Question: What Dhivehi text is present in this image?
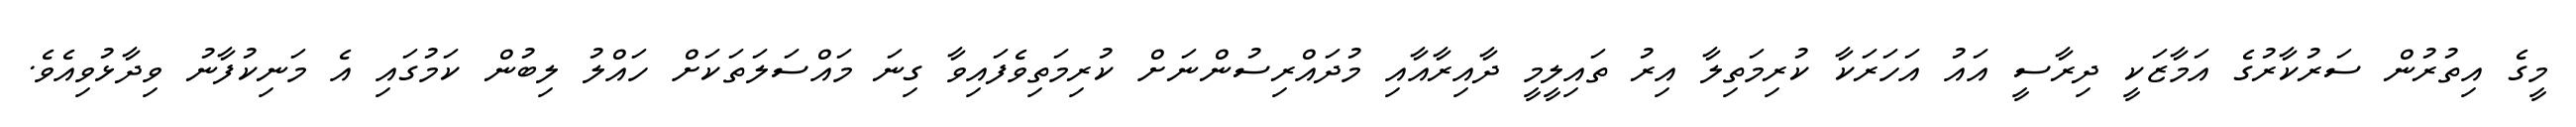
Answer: މީގެ އިތުރުން ސަރުކާރުގެ އަމާޒަކީ ދިރާސީ އައު އަހަރަކާ ކުރިމަތިލާ އިރު ތައިލީމީ ދާއިރާއާއި މުދައްރިސުންނަށް ކުރިމަތިވެފައިވާ ގިނަ މައްސަލަތަކަށް ހައްލު ލިބުން ކަމުގައި އެ މަނިކުފާނު ވިދާޅުވިއެވެ.